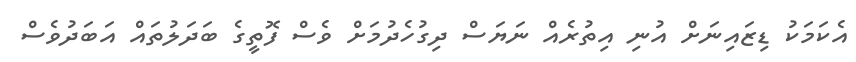
އެކަމަކު ޑިޒައިނަށް އުނި އިތުރެއް ނަޔަސް ދިގުހެދުމަށް ވެސް ފޮތީގެ ބަދަލުތައް އަބަދުވެސް